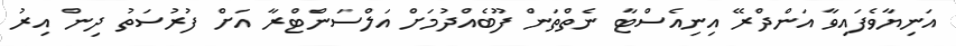
އަނިޔާވެފައިވާ އަންދްރޭ އިނިއެސްޓާ ނެތްތަން ފޫބެއްދުމަށް އަލްސަންޓްރާ އަށް ފުރުސަތު ދިން އިރު